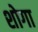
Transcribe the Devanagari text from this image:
शोगा